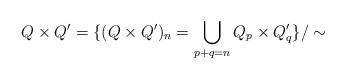
LaTeX: \begin{align*} Q\times Q'=\{ (Q\times Q')_n=\bigcup_{p+q=n} Q_p\times Q'_q\}/\sim\end{align*}